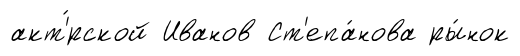
акт'́рской Иванов Ст'епа́нова ры́нок